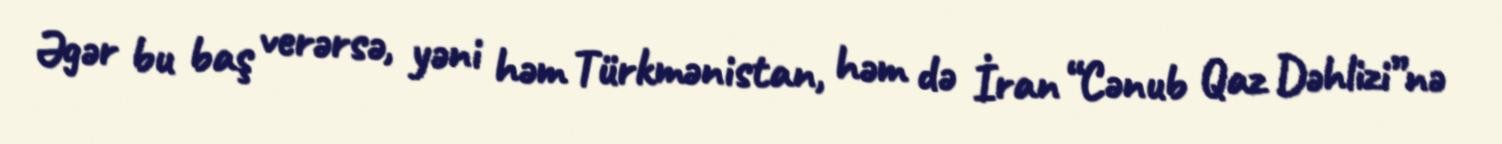
Əgər bu baş verərsə, yəni həm Türkmənistan, həm də İran “Cənub Qaz Dəhlizi”nə